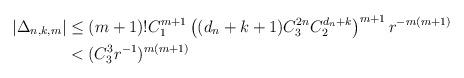
LaTeX: \begin{align*}\vert \Delta_{n,k,m}\vert&\leq (m+1)!C_1^{m+1}\left((d_n+k+1)C_3^{2n}C_2^{d_n+k}\right)^{m+1}r^{-m(m+1)}\\&< (C_3^3r^{-1})^{m(m+1)}\end{align*}